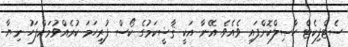
ސެޓްފިކެޓް ހާޞިލްކޮށްފައި ވެއެވެ. އޭނާ އަކީ ޤާޟީކަމުގެ ކޯސް ފުރިހަމަ ކުރެއްވުމަށްފަހު ނިޔާ